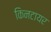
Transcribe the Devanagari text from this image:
किनटायर